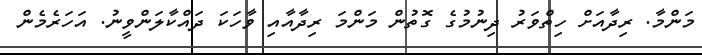
މަންމާ. ރިދާއަށް ހިތްވަރު ދިނުމުގެ ގޮތުން މަންމަ ރިދާއާއި ވާހަކަ ދައްކާލަންވީނު. އަހަރެމެން